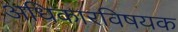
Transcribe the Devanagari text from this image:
अधिकारविषयक